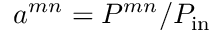
a ^ { m n } = P ^ { m n } / P _ { \mathrm { i n } }